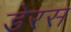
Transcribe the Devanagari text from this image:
डेरस